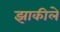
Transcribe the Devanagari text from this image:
झाकीले